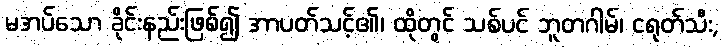
မအပ်သော ခိုင်းနည်းဖြစ်၍ အာပတ်သင့်၏၊ ထိုတွင် သစ်ပင် ဘူတဂါမ်၊ ငရုတ်သီး,